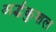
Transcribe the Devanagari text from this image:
अर्द्धकुशल